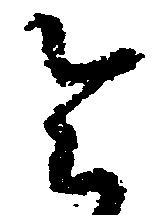
令